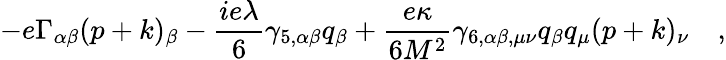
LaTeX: -e\Gamma_{\alpha\beta}(p+k)_{\beta}-{\frac{ie\lambda}{6}}\gamma_{5,\alpha\beta}q_{\beta}+{\frac{e\kappa}{6M^{2}}}\gamma_{6,\alpha\beta,\mu\nu}q_{\beta}q_{\mu}(p+k)_{\nu}\quad,